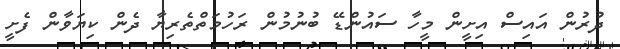
ދުރުން އައިސް އިށީން މީހާ ސައުންޑޭ ބުނުމުން ރަހުމަތްތެރިޔާ ދެން ކިޔަވާން ފެށީ